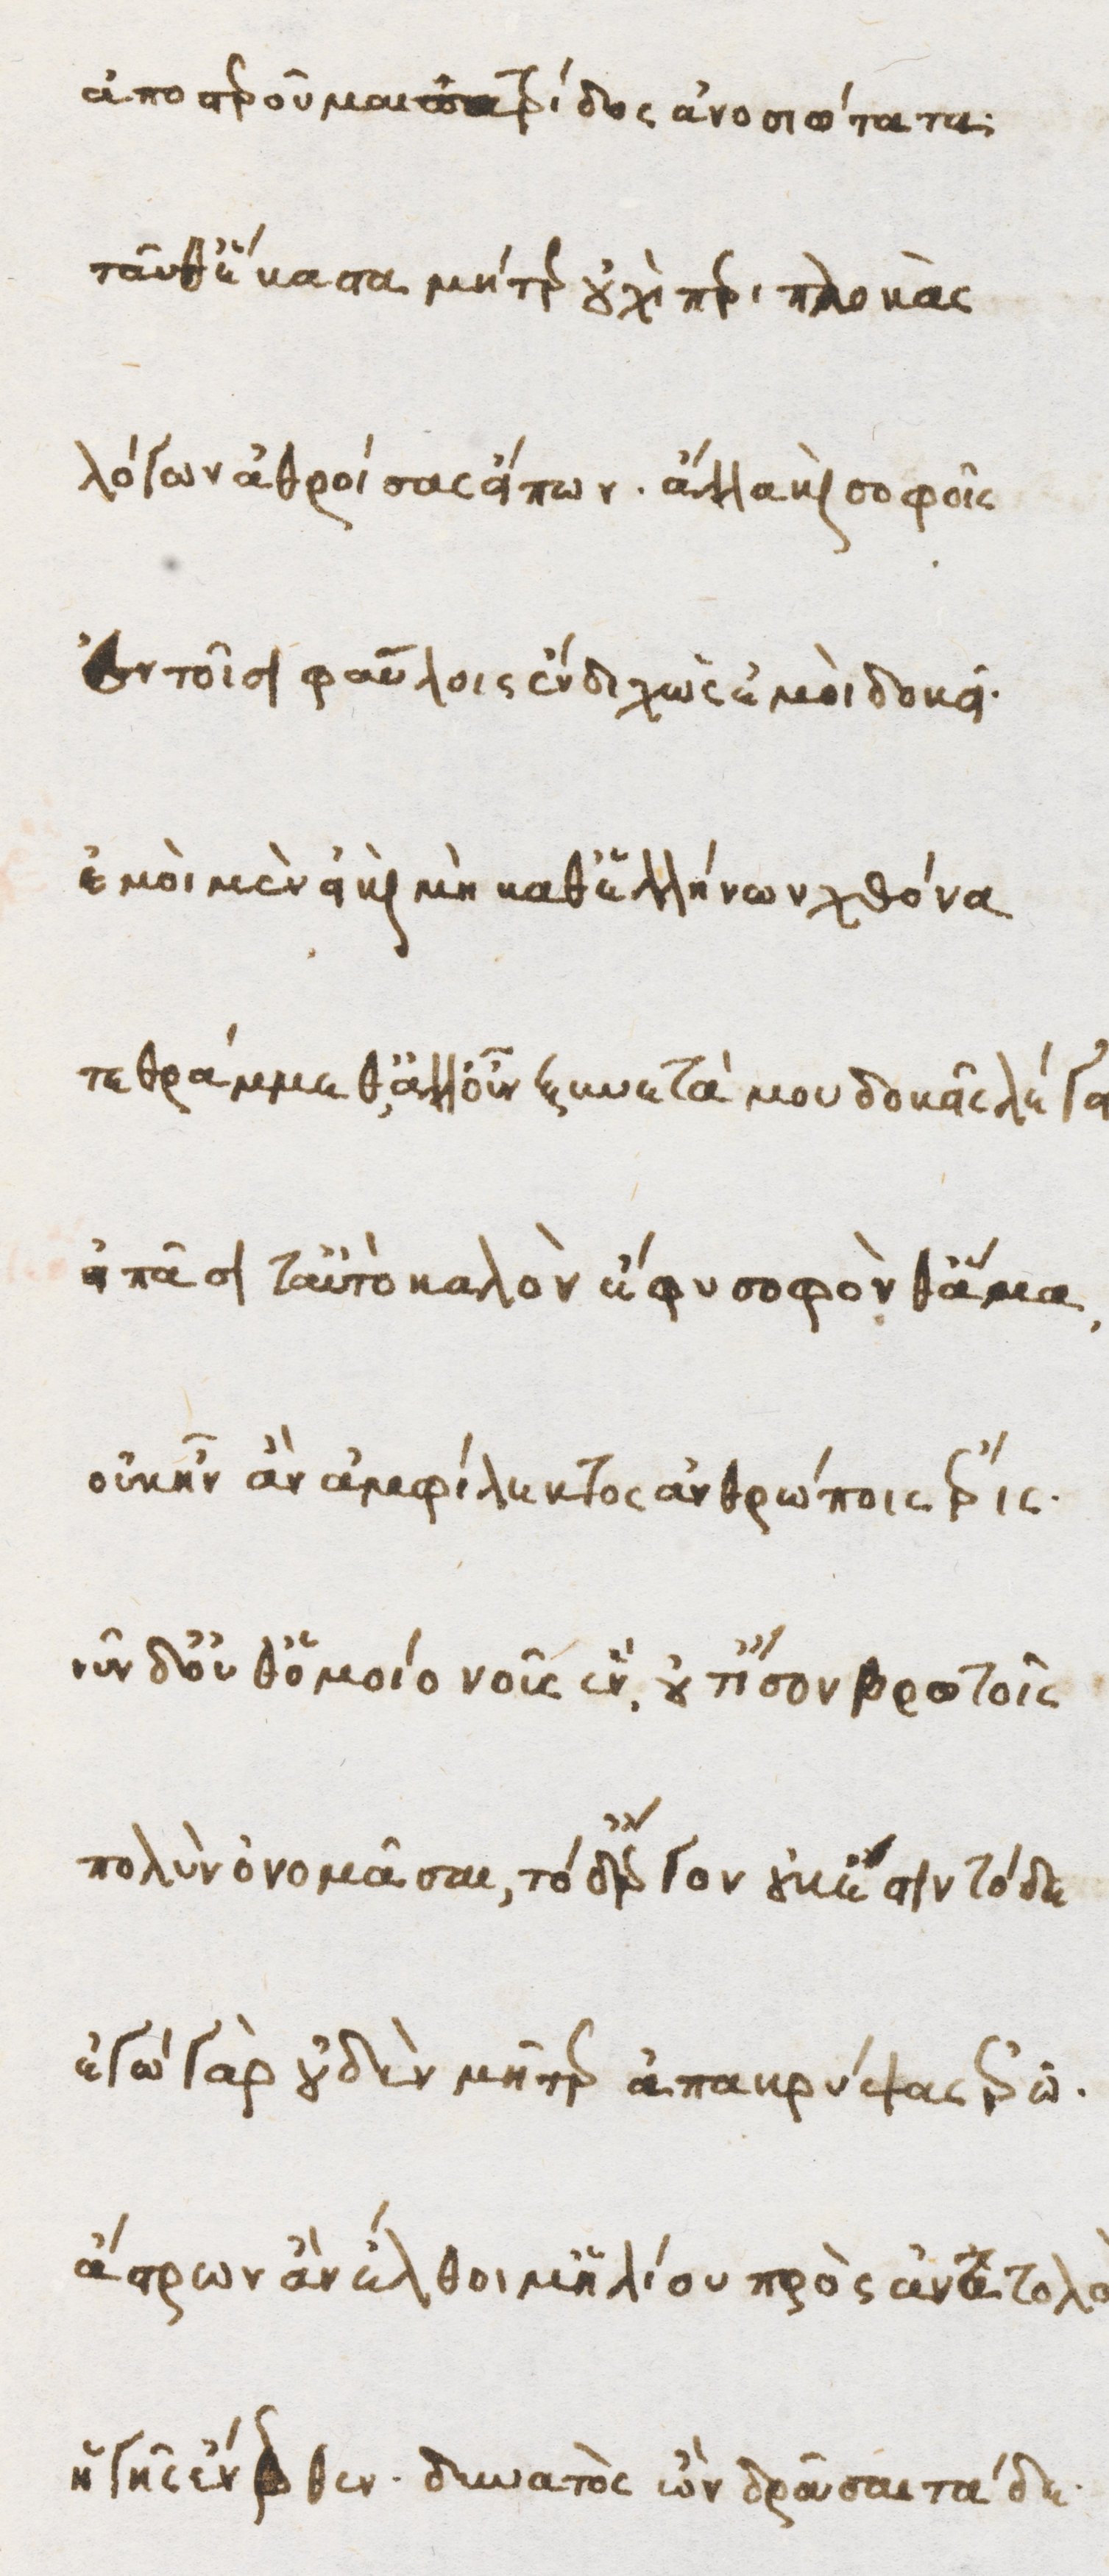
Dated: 1470–1499